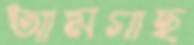
আমগাছ